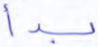
بدأ